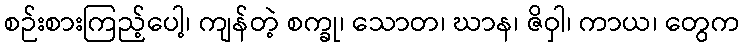
စဉ်းစားကြည့်ပေါ့၊ ကျန်တဲ့ စက္ခု၊ သောတ၊ ဃာန၊ ဇိဝှါ၊ ကာယ၊ တွေက